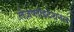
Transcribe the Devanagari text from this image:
लेज़प्लॉइटेशनल